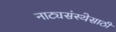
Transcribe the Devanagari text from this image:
नाट्यसंस्थेसाठी